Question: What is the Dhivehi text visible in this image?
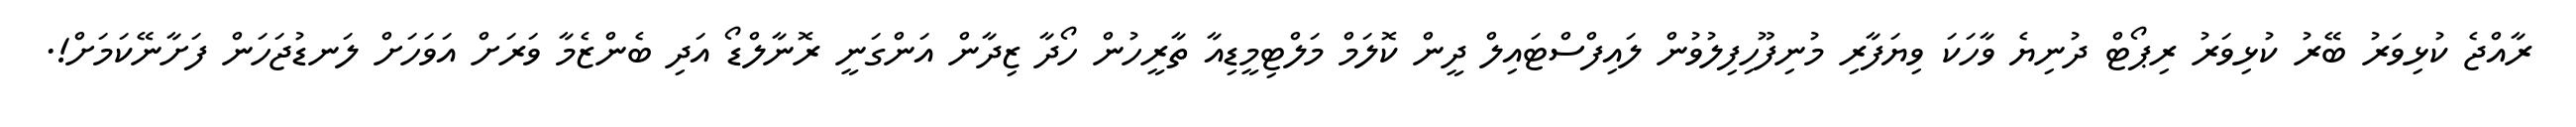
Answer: ރާއްޖެ ކުޅިވަރު ބޭރު ކުޅިވަރު ރިޕޯޓް ދުނިޔެ ވާހަކަ ވިޔަފާރި މުނިފޫހިފިލުވުން ލައިފްސްޓައިލް ދީން ކޮލަމް މަލްޓިމީޑިއާ ތާރީހުން ހޯދާ ޒިދާން އަންގަނީ ރޮނާލްޑޯ އަދި ބެންޒެމާ ވަރަށް އަވަހަށް ލަނޑުޖަހަން ފަށާނޭކަމަށް!.